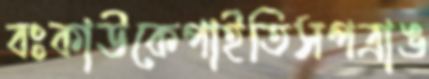
বঃকাউকেপাইতিসপত্রাঙ